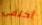
أختفى